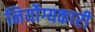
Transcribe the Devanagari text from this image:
निर्योग्यकारी